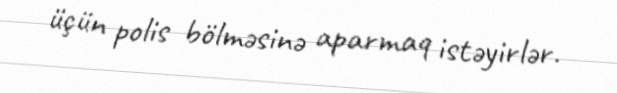
üçün polis bölməsinə aparmaq istəyirlər.